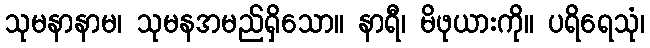
သုမနာနာမ၊ သုမနအမည်ရှိသော။ နာရီ၊ မိဖုယားကို။ ပရိရေသုံ၊